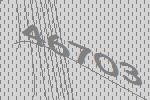
46703